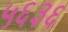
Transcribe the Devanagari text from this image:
५६३६